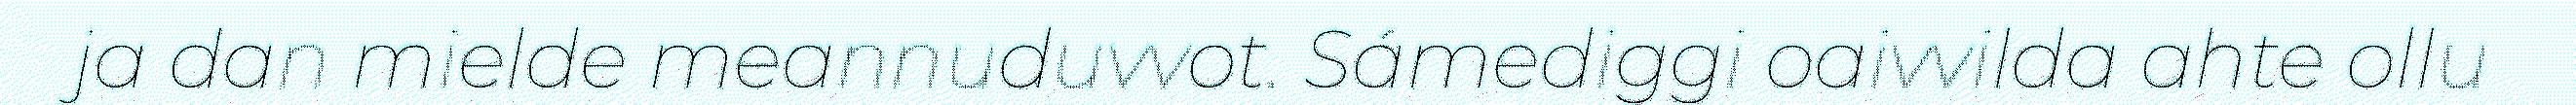
ja dan mielde meannuduvvot. Sámediggi oaivvilda ahte ollu